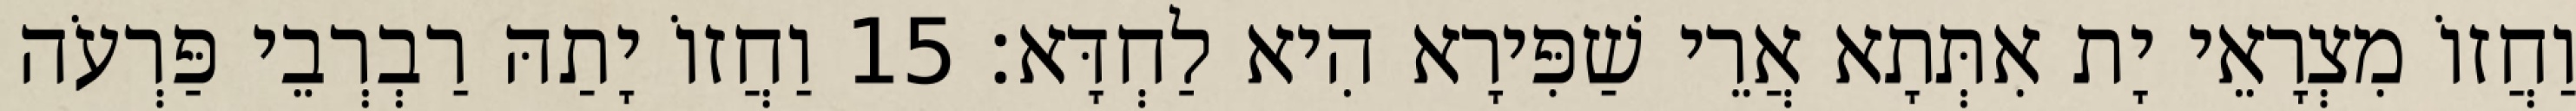
וַחֲזוֹ מִצְרָאֵי יָת אִתְּתָא אֲרֵי שַׁפִּירָא הִיא לַחְדָּא׃ 15 וַחֲזוֹ יָתַהּ רַבְרְבֵי פַּרְעֹה